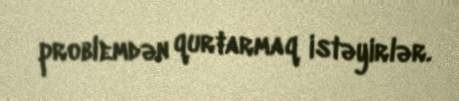
problemdən qurtarmaq istəyirlər.